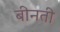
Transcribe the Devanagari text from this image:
बीनती